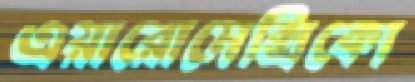
এয়ারোমেক্সিকো